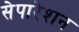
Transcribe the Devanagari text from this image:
सेपारेशन